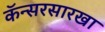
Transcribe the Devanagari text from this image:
कॅन्सरसारखा